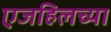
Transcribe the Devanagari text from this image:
एजहिलच्या